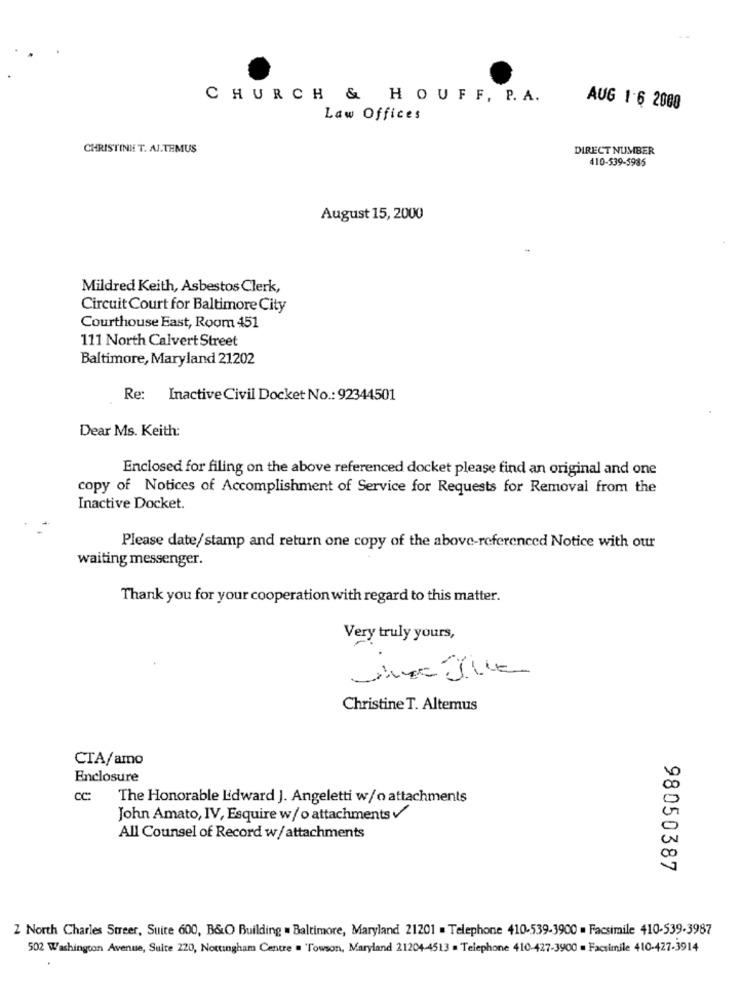
CHURCH & HOUFF, P. A.
AUG 1-6 2000
Law Offices
CHRISTINE T. AJ.TEMUS
DIRECT NUMBER
410-539-5985
August 15, 2000
Mildred Keith, Asbestos Clerk,
Circuit Court for Baltimore City
Courthouse East, Room 451
111 North Calvert Street
Baltimore, Maryland 21202
Re: Inactive Civil Docket No .: 92344501
Dear Ms. Keith:
Enclosed for filing on the above referenced docket please find an original and one
copy of Notices of Accomplishment of Service for Requests for Removal from the
Inactive Docket.
Please date/stamp and return one copy of the above-referenced Notice with our
waiting messenger.
Thank you for your cooperation with regard to this matter.
Very truly yours,
Christine T. Altemus
CTA/amo
Enclosure
cc:
The Honorable Lidward J. Angeletti w/o attachments
John Amato, IV, Esquire w/ o attachments V
All Counsel of Record w/attachments
98050387
2 North Charles Streer, Suite 600, B&O Building . Baltimore, Maryland 21201 . Telephone 410-539-3900 . Facsimile 410-539-3987
502 Washington Avenue, Suite 220, Nottingham Centre = "Towson, Maryland 21204-4513 = Telephone 410-427-3900 = Facsimile 410-427-3914